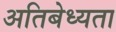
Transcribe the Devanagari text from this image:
अतिबेध्यता